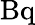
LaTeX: \mathrm{Bq}